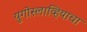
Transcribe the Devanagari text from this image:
युगोस्लाव्हियाचा